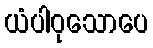
ယံပါဝုသောပေ